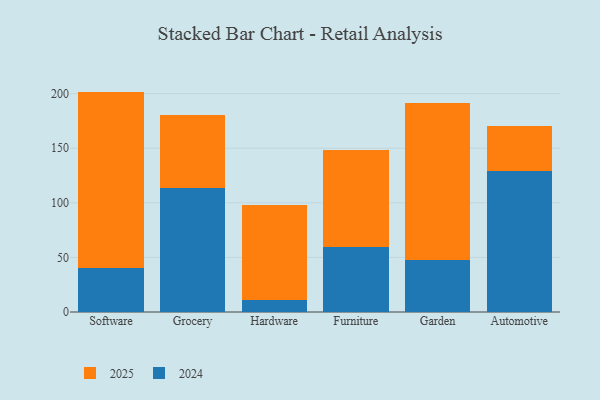
{"axis": {"x": "Category", "y": "Headcount"}, "legend": ["2024", "2025"], "data": [{"x": "Software", "y": 161.3, "type": "2025"}, {"x": "Software", "y": 40.6, "type": "2024"}, {"x": "Grocery", "y": 67.3, "type": "2025"}, {"x": "Grocery", "y": 113.2, "type": "2024"}, {"x": "Hardware", "y": 87.7, "type": "2025"}, {"x": "Hardware", "y": 10.6, "type": "2024"}, {"x": "Furniture", "y": 88.5, "type": "2025"}, {"x": "Furniture", "y": 59.7, "type": "2024"}, {"x": "Garden", "y": 143.4, "type": "2025"}, {"x": "Garden", "y": 47.8, "type": "2024"}, {"x": "Automotive", "y": 41.4, "type": "2025"}, {"x": "Automotive", "y": 129.3, "type": "2024"}]}